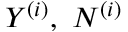
\boldsymbol { Y } ^ { ( i ) } , ~ \boldsymbol { N } ^ { ( i ) }